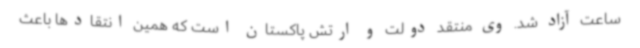
ساعت آزاد شد. وی منتقد دولت و ارتش پاکستان است که همین انتقادها باعث